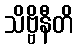
သိဗ္ဗိနီတိ